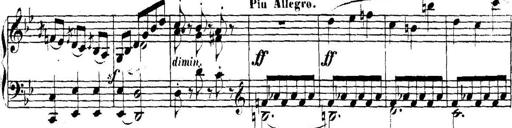
Title: Collected Piano Sonatas
Composer: Muzio Clementi